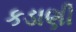
કડાણી